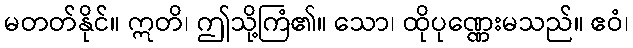
မတတ်နိုင်။ ဣတိ၊ ဤသို့ကြံ၏။ သော၊ ထိုပုဏ္ဏေးမသည်။ ဧဝံ၊